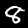
Digit: 8